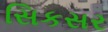
સિકસર